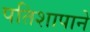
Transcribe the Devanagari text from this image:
पतिशापाने